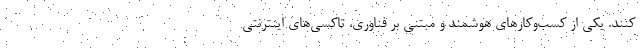
کنند. یکی از کسب‌و‌کارهای هوشمند و مبتنی بر فناوری، تاکسی‌های اینترنتی